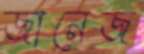
জানেজ